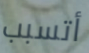
أتسبب